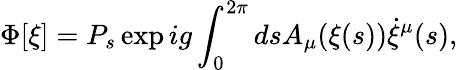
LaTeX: \Phi[\xi]=P_{s}\exp ig\int_{0}^{2\pi}dsA_{\mu}(\xi(s))\dot{\xi}^{\mu}(s),